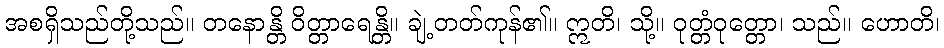
အစရှိသည်တို့သည်။ တနောန္တိ ဝိတ္တာရေန္တိ။ ချဲ့တတ်ကုန်၏။ ဣတိ၊ သို့။ ဝုတ္တံဝုတ္တော၊ သည်။ ဟောတိ၊